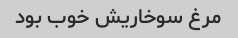
مرغ سوخاریش خوب بود